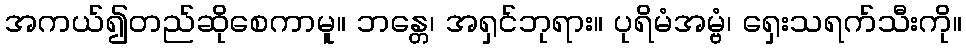
အကယ်၍တည်ဆိုစေကာမူ။ ဘန္တေ၊ အရှင်ဘုရား။ ပုရိမံအမ္ဗံ၊ ရှေးသရက်သီးကို။